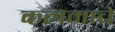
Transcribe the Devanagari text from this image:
कलमाचे